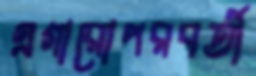
এগারোপরবর্তী